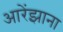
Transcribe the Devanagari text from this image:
आरेंझाना